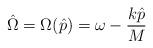
LaTeX: \begin{align*}\hat{\Omega}=\Omega(\hat{p})=\omega - \frac{k\hat{p}}{M}\end{align*}